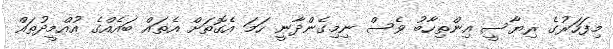
މިފަހަރުގެ ރިޔާސީ އިންތިހާބު ވެސް ނިމިގެންދާނީ ހަމަ އެގޮތަށް އެތައް ބައެއްގެ އުއްމީދުތައް